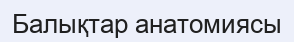
Балықтар анатомиясы